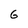
Character: G